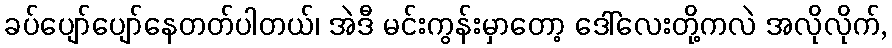
ခပ်ပျော်ပျော်နေတတ်ပါတယ်၊ အဲဒီ မင်းကွန်းမှာတော့ ဒေါ်လေးတို့ကလဲ အလိုလိုက်,